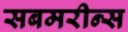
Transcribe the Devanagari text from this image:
सबमरीन्स